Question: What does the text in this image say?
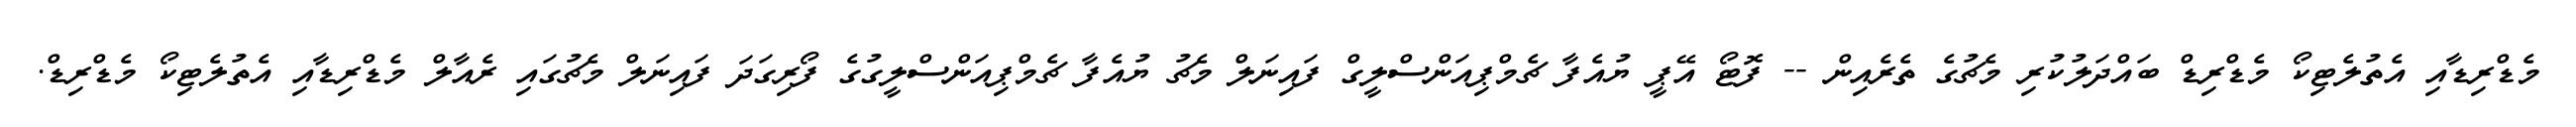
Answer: މެޑްރިޑާއި އެތުލެޓިކޯ މެޑްރިޑް ބައްދަލުކުރި މެޗުގެ ތެރެއިން -- ފޮޓޯ އޭޕީ ޔުއެފާ ޗެމްޕިއަންސްލީގް ފައިނަލް މެޗު ޔުއެފާ ޗެމްޕިއަންސްލީގުގެ ފޯރިގަދަ ފައިނަލް މެޗުގައި ރެއާލް މެޑްރިޑާއި އެތުލެޓިކޯ މެޑްރިޑް.